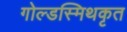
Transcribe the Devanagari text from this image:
गोल्डस्मिथकृत